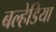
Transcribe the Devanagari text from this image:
बल्हेडिया